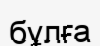
бұлға